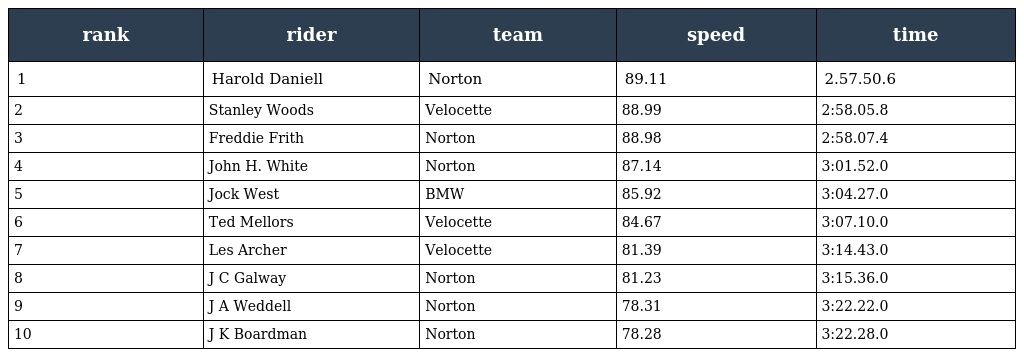
| rank | rider | team | speed | time |
 | --- | --- | --- | --- | --- |
 | 1 | Harold Daniell | Norton | 89.11 | 2.57.50.6 |
 | 2 | Stanley Woods | Velocette | 88.99 | 2:58.05.8 |
 | 3 | Freddie Frith | Norton | 88.98 | 2:58.07.4 |
 | 4 | John H. White | Norton | 87.14 | 3:01.52.0 |
 | 5 | Jock West | BMW | 85.92 | 3:04.27.0 |
 | 6 | Ted Mellors | Velocette | 84.67 | 3:07.10.0 |
 | 7 | Les Archer | Velocette | 81.39 | 3:14.43.0 |
 | 8 | J C Galway | Norton | 81.23 | 3:15.36.0 |
 | 9 | J A Weddell | Norton | 78.31 | 3:22.22.0 |
 | 10 | J K Boardman | Norton | 78.28 | 3:22.28.0 |